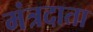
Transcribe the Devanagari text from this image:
मंत्रदाता